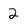
Character: 2